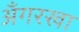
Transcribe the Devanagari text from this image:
अँगरखा